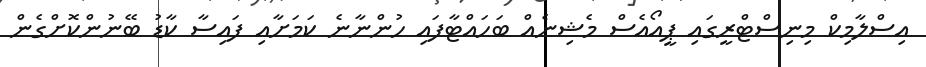
އިސްލާމިކް މިނިސްޓްރީގައި ޕީއޯއެސް މެޝިނެއް ބަހައްޓާފައި ހުންނާނެ ކަަމަށާއި ފައިސާ ކާޑު ބޭނުންކޮށްގެން